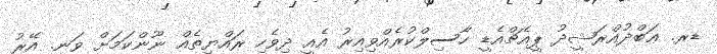
ޑރ. ޢަބްދުއްރަޝީދު ޕީއެޗްއެޑީ ހާސިލްކުރެއްވިއިރު އެއީ ދިވެހި ރައްޔިތެއް ނޫންކަމަށް ވަނީ. އޭރު